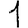
Digit: 1